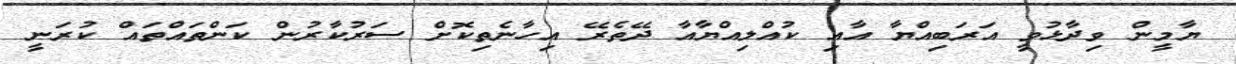
ޔާމީން ވިދާޅުވީ އަރަބިއްޔާ އާއި ކުއްލިއްޔާއާ ދޭތެރޭ އިހާނެތިކޮށް ސަރުކާރުން ކަންތައްތައް ކުރަނީ